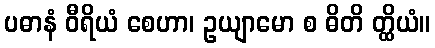
ပဓာနံ ဝီရိယံ စေဟာ၊ ဥယျာမော စ ဓိတိ တ္ထိယံ။